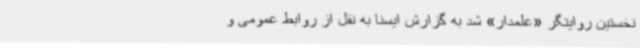
نخستین روایتگر «علمدار» شد به گزارش ایسنا به نقل از روابط عمومی و